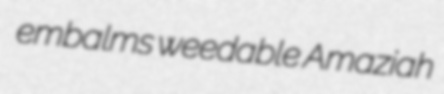
embalms weedable Amaziah